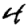
Digit: 4